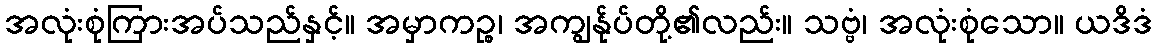
အလုံးစုံကြားအပ်သည်နှင့်။ အမှာကဉ္စ၊ အကျွန်ုပ်တို့၏လည်း။ သဗ္ဗံ၊ အလုံးစုံသော။ ယဒိဒံ